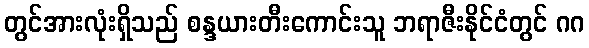
တွင်အားလုံးရှိသည် စန္ဒယားတီးကောင်းသူ ဘရာဇီးနိုင်ငံတွင် ဂဂ